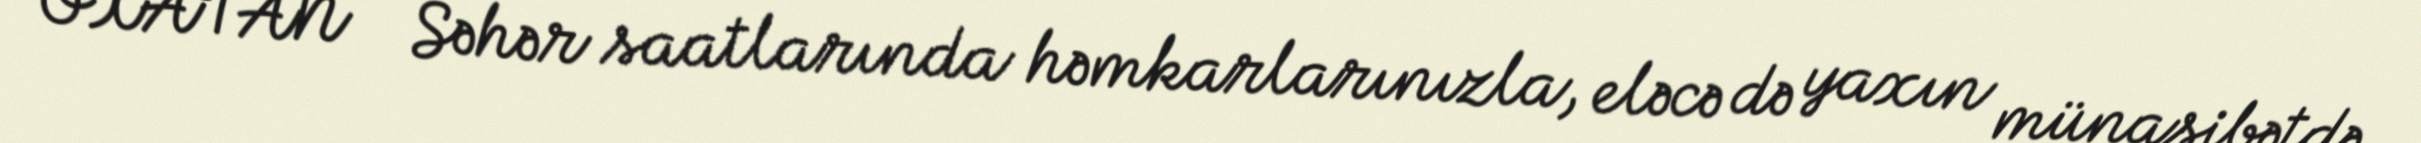
OXATAN - Səhər saatlarında həmkarlarınızla, eləcə də yaxın münasibətdə